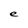
Character: e